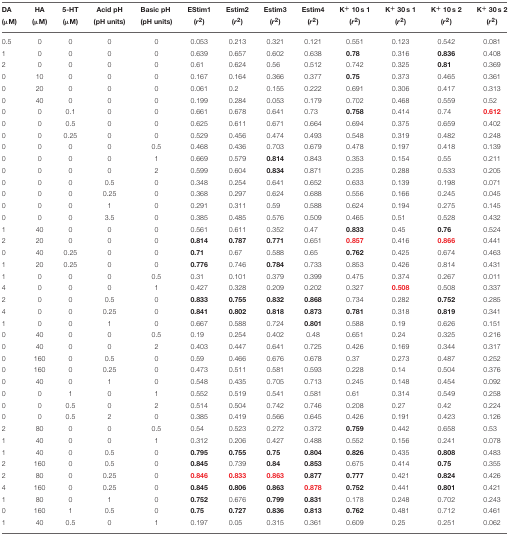
<table><thead><tr><td><b>DA (μM)</b></td><td><b>HA (μM)</b></td><td><b>5-HT (μM)</b></td><td><b>Acid pH (pH units)</b></td><td><b>Basic pH (pH units)</b></td><td><b>EStim1 (<i>r</i><sup>2</sup>)</b></td><td><b>Estim2 (<i>r</i><sup>2</sup>)</b></td><td><b>Estim3 (<i>r</i><sup>2</sup>)</b></td><td><b>Estim4 (<i>r</i><sup>2</sup>)</b></td><td><b>K<sup>+</sup> 10 s 1 (<i>r</i><sup>2</sup>)</b></td><td><b>K<sup>+</sup> 30 s 1 (<i>r</i><sup>2</sup>)</b></td><td><b>K<sup>+</sup> 10 s 2 (<i>r</i><sup>2</sup>)</b></td><td><b>K<sup>+</sup> 30 s 2 (<i>r</i><sup>2</sup>)</b></td></tr></thead><tbody><tr><td>0.5</td><td>0</td><td>0</td><td>0</td><td>0</td><td>0.053</td><td>0.213</td><td>0.321</td><td>0.121</td><td>0.551</td><td>0.123</td><td>0.542</td><td>0.081</td></tr><tr><td>1</td><td>0</td><td>0</td><td>0</td><td>0</td><td>0.639</td><td>0.657</td><td>0.602</td><td>0.638</td><td><b>0.78</b></td><td>0.316</td><td><b>0.836</b></td><td>0.408</td></tr><tr><td>2</td><td>0</td><td>0</td><td>0</td><td>0</td><td>0.61</td><td>0.624</td><td>0.56</td><td>0.512</td><td>0.742</td><td>0.325</td><td><b>0.81</b></td><td>0.369</td></tr><tr><td>0</td><td>10</td><td>0</td><td>0</td><td>0</td><td>0.167</td><td>0.164</td><td>0.366</td><td>0.377</td><td><b>0.75</b></td><td>0.373</td><td>0.465</td><td>0.361</td></tr><tr><td>0</td><td>20</td><td>0</td><td>0</td><td>0</td><td>0.061</td><td>0.2</td><td>0.155</td><td>0.222</td><td>0.691</td><td>0.306</td><td>0.417</td><td>0.313</td></tr><tr><td>0</td><td>40</td><td>0</td><td>0</td><td>0</td><td>0.199</td><td>0.284</td><td>0.053</td><td>0.179</td><td>0.702</td><td>0.468</td><td>0.559</td><td>0.52</td></tr><tr><td>0</td><td>0</td><td>0.1</td><td>0</td><td>0</td><td>0.661</td><td>0.678</td><td>0.641</td><td>0.73</td><td><b>0.758</b></td><td>0.414</td><td>0.74</td><td><b>0.612</b></td></tr><tr><td>0</td><td>0</td><td>0.5</td><td>0</td><td>0</td><td>0.625</td><td>0.611</td><td>0.671</td><td>0.664</td><td>0.694</td><td>0.375</td><td>0.659</td><td>0.402</td></tr><tr><td>0</td><td>0</td><td>0.25</td><td>0</td><td>0</td><td>0.529</td><td>0.456</td><td>0.474</td><td>0.493</td><td>0.548</td><td>0.319</td><td>0.482</td><td>0.248</td></tr><tr><td>0</td><td>0</td><td>0</td><td>0</td><td>0.5</td><td>0.468</td><td>0.436</td><td>0.703</td><td>0.679</td><td>0.478</td><td>0.197</td><td>0.418</td><td>0.139</td></tr><tr><td>0</td><td>0</td><td>0</td><td>0</td><td>1</td><td>0.669</td><td>0.579</td><td><b>0.814</b></td><td>0.843</td><td>0.353</td><td>0.154</td><td>0.55</td><td>0.211</td></tr><tr><td>0</td><td>0</td><td>0</td><td>0</td><td>2</td><td>0.599</td><td>0.604</td><td><b>0.834</b></td><td>0.871</td><td>0.235</td><td>0.288</td><td>0.533</td><td>0.205</td></tr><tr><td>0</td><td>0</td><td>0</td><td>0.5</td><td>0</td><td>0.348</td><td>0.254</td><td>0.641</td><td>0.652</td><td>0.633</td><td>0.139</td><td>0.198</td><td>0.071</td></tr><tr><td>0</td><td>0</td><td>0</td><td>0.25</td><td>0</td><td>0.368</td><td>0.297</td><td>0.624</td><td>0.688</td><td>0.556</td><td>0.166</td><td>0.245</td><td>0.045</td></tr><tr><td>0</td><td>0</td><td>0</td><td>1</td><td>0</td><td>0.291</td><td>0.311</td><td>0.59</td><td>0.588</td><td>0.624</td><td>0.194</td><td>0.275</td><td>0.145</td></tr><tr><td>0</td><td>0</td><td>0</td><td>3.5</td><td>0</td><td>0.385</td><td>0.485</td><td>0.576</td><td>0.509</td><td>0.465</td><td>0.51</td><td>0.528</td><td>0.432</td></tr><tr><td>1</td><td>40</td><td>0</td><td>0</td><td>0</td><td>0.561</td><td>0.611</td><td>0.352</td><td>0.47</td><td><b>0.833</b></td><td>0.45</td><td><b>0.76</b></td><td>0.524</td></tr><tr><td>2</td><td>20</td><td>0</td><td>0</td><td>0</td><td><b>0.814</b></td><td><b>0.787</b></td><td><b>0.771</b></td><td>0.651</td><td><b>0.857</b></td><td>0.416</td><td><b>0.866</b></td><td>0.441</td></tr><tr><td>0</td><td>40</td><td>0.25</td><td>0</td><td>0</td><td><b>0.71</b></td><td>0.67</td><td>0.588</td><td>0.65</td><td><b>0.762</b></td><td>0.425</td><td>0.674</td><td>0.463</td></tr><tr><td>1</td><td>20</td><td>0.25</td><td>0</td><td>0</td><td><b>0.776</b></td><td>0.746</td><td><b>0.784</b></td><td>0.733</td><td>0.853</td><td>0.426</td><td>0.814</td><td>0.431</td></tr><tr><td>1</td><td>0</td><td>0</td><td>0</td><td>0.5</td><td>0.31</td><td>0.101</td><td>0.379</td><td>0.399</td><td>0.475</td><td>0.374</td><td>0.267</td><td>0.011</td></tr><tr><td>4</td><td>0</td><td>0</td><td>0</td><td>1</td><td>0.427</td><td>0.328</td><td>0.209</td><td>0.202</td><td>0.327</td><td><b>0.508</b></td><td>0.508</td><td>0.337</td></tr><tr><td>2</td><td>0</td><td>0</td><td>0.5</td><td>0</td><td><b>0.833</b></td><td><b>0.755</b></td><td><b>0.832</b></td><td><b>0.868</b></td><td>0.734</td><td>0.282</td><td><b>0.752</b></td><td>0.285</td></tr><tr><td>4</td><td>0</td><td>0</td><td>0.25</td><td>0</td><td><b>0.841</b></td><td><b>0.802</b></td><td><b>0.818</b></td><td><b>0.873</b></td><td><b>0.781</b></td><td>0.318</td><td><b>0.819</b></td><td>0.341</td></tr><tr><td>1</td><td>0</td><td>0</td><td>1</td><td>0</td><td>0.667</td><td>0.588</td><td>0.724</td><td><b>0.801</b></td><td>0.588</td><td>0.19</td><td>0.626</td><td>0.151</td></tr><tr><td>0</td><td>40</td><td>0</td><td>0</td><td>0.5</td><td>0.19</td><td>0.254</td><td>0.402</td><td>0.48</td><td>0.651</td><td>0.24</td><td>0.325</td><td>0.216</td></tr><tr><td>0</td><td>40</td><td>0</td><td>0</td><td>2</td><td>0.403</td><td>0.447</td><td>0.641</td><td>0.725</td><td>0.426</td><td>0.169</td><td>0.344</td><td>0.317</td></tr><tr><td>0</td><td>160</td><td>0</td><td>0.5</td><td>0</td><td>0.59</td><td>0.466</td><td>0.676</td><td>0.678</td><td>0.37</td><td>0.273</td><td>0.487</td><td>0.252</td></tr><tr><td>0</td><td>160</td><td>0</td><td>0.25</td><td>0</td><td>0.473</td><td>0.511</td><td>0.581</td><td>0.593</td><td>0.228</td><td>0.14</td><td>0.504</td><td>0.376</td></tr><tr><td>0</td><td>40</td><td>0</td><td>1</td><td>0</td><td>0.548</td><td>0.435</td><td>0.705</td><td>0.713</td><td>0.245</td><td>0.148</td><td>0.454</td><td>0.092</td></tr><tr><td>0</td><td>0</td><td>1</td><td>0</td><td>1</td><td>0.552</td><td>0.519</td><td>0.541</td><td>0.581</td><td>0.61</td><td>0.314</td><td>0.549</td><td>0.258</td></tr><tr><td>0</td><td>0</td><td>0.5</td><td>0</td><td>2</td><td>0.514</td><td>0.504</td><td>0.742</td><td>0.746</td><td>0.208</td><td>0.27</td><td>0.42</td><td>0.224</td></tr><tr><td>0</td><td>0</td><td>0.5</td><td>2</td><td>0</td><td>0.385</td><td>0.419</td><td>0.566</td><td>0.645</td><td>0.426</td><td>0.191</td><td>0.423</td><td>0.126</td></tr><tr><td>2</td><td>80</td><td>0</td><td>0</td><td>0.5</td><td>0.54</td><td>0.523</td><td>0.272</td><td>0.372</td><td><b>0.759</b></td><td>0.442</td><td>0.658</td><td>0.53</td></tr><tr><td>1</td><td>40</td><td>0</td><td>0</td><td>1</td><td>0.312</td><td>0.206</td><td>0.427</td><td>0.488</td><td>0.552</td><td>0.156</td><td>0.241</td><td>0.078</td></tr><tr><td>1</td><td>40</td><td>0</td><td>0.5</td><td>0</td><td><b>0.795</b></td><td><b>0.755</b></td><td><b>0.75</b></td><td><b>0.804</b></td><td><b>0.826</b></td><td>0.435</td><td><b>0.808</b></td><td>0.483</td></tr><tr><td>2</td><td>160</td><td>0</td><td>0.5</td><td>0</td><td><b>0.845</b></td><td>0.739</td><td><b>0.84</b></td><td><b>0.853</b></td><td>0.675</td><td>0.414</td><td><b>0.75</b></td><td>0.355</td></tr><tr><td>2</td><td>80</td><td>0</td><td>0.25</td><td>0</td><td><b>0.846</b></td><td><b>0.833</b></td><td><b>0.863</b></td><td><b>0.877</b></td><td><b>0.777</b></td><td>0.421</td><td><b>0.824</b></td><td>0.426</td></tr><tr><td>4</td><td>160</td><td>0</td><td>0.25</td><td>0</td><td><b>0.845</b></td><td><b>0.806</b></td><td><b>0.863</b></td><td><b>0.878</b></td><td><b>0.752</b></td><td>0.441</td><td><b>0.801</b></td><td>0.421</td></tr><tr><td>1</td><td>80</td><td>0</td><td>1</td><td>0</td><td><b>0.752</b></td><td>0.676</td><td><b>0.799</b></td><td><b>0.831</b></td><td>0.178</td><td>0.248</td><td>0.702</td><td>0.243</td></tr><tr><td>0</td><td>160</td><td>1</td><td>0.5</td><td>0</td><td><b>0.75</b></td><td><b>0.727</b></td><td><b>0.836</b></td><td><b>0.813</b></td><td><b>0.762</b></td><td>0.481</td><td>0.712</td><td>0.461</td></tr><tr><td>1</td><td>40</td><td>0.5</td><td>0</td><td>1</td><td>0.197</td><td>0.05</td><td>0.315</td><td>0.361</td><td>0.609</td><td>0.25</td><td>0.251</td><td>0.062</td></tr></tbody></table>